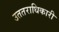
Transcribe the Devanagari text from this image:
उततराधिकारी